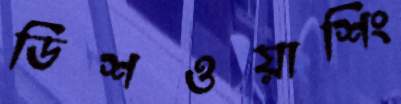
ডিশওয়াশিং